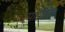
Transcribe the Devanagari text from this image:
स्पाइरिला